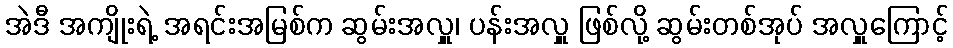
အဲဒီ အကျိုးရဲ့ အရင်းအမြစ်က ဆွမ်းအလှူ၊ ပန်းအလှူ ဖြစ်လို့ ဆွမ်းတစ်အုပ် အလှူကြောင့်